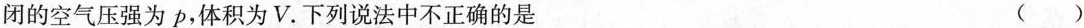
闭的空气压强为p，体积为V.下列说法中不正确的是 ( )